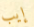
إيب